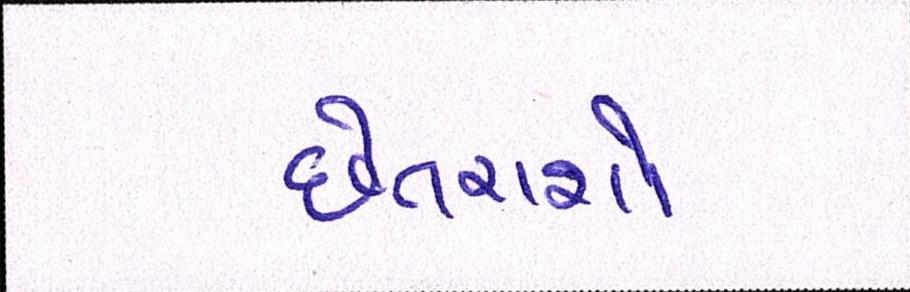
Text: છેતરાશો